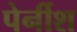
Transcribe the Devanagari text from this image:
पेर्नीश